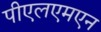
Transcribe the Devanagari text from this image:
पीएलएमएन